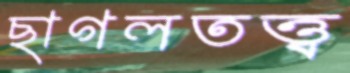
ছাগলতত্ত্ব